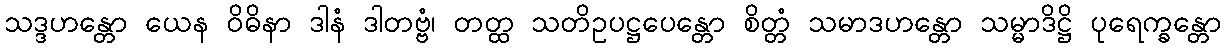
သဒ္ဒဟန္တော ယေန ဝိဓိနာ ဒါနံ ဒါတဗ္ဗံ၊ တတ္ထ သတိဥပဋ္ဌပေန္တော စိတ္တံ သမာဒဟန္တော သမ္မာဒိဋ္ဌိ ပုရေက္ခန္တော